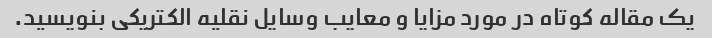
یک مقاله کوتاه در مورد مزایا و معایب وسایل نقلیه الکتریکی بنویسید.